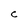
Character: C